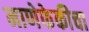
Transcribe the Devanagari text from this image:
नाणेफेकीचा